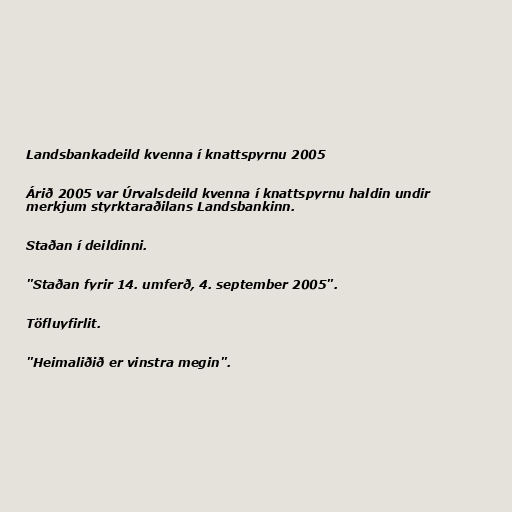
Landsbankadeild kvenna í knattspyrnu 2005

Árið 2005 var Úrvalsdeild kvenna í knattspyrnu haldin undir
merkjum styrktaraðilans Landsbankinn.

Staðan í deildinni.

"Staðan fyrir 14. umferð, 4. september 2005".

Töfluyfirlit.

"Heimaliðið er vinstra megin".